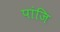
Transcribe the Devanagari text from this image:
पांजि